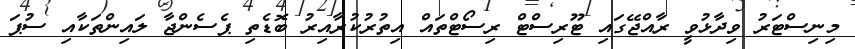
މިނިސްޓަރު ވިދާޅުވީ ރާއްޖޭގައި ޓޫރިސްޓް ރިސޯޓްތައް އިތުރުކުރާއިރު ބޮޑެތި ޕެސެންޖާ ލައިންތަކާއި ސުޕަ